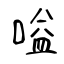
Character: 嗌